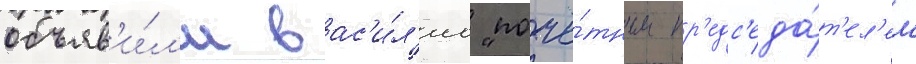
объяв'и́л'и вас'и́л'иа "почё́тным пр'едс'еда́т'ел'ем